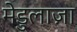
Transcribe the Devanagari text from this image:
मेडुलाज़ा